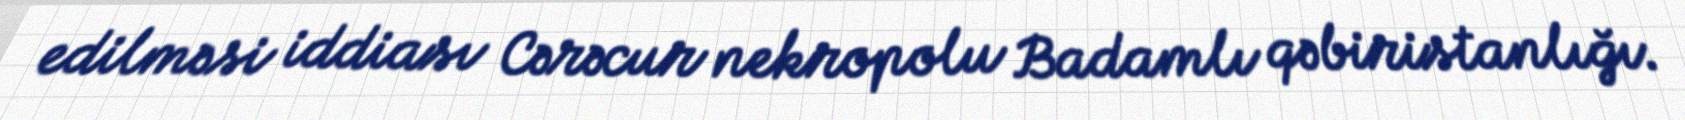
edilməsi iddiası Cərəcur nekropolu Badamlı qəbiristanlığı.